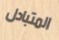
المتبادل